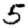
Digit: 5